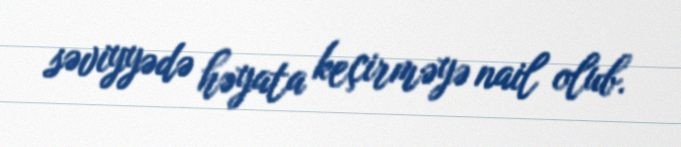
səviyyədə həyata keçirməyə nail olub.